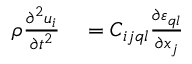
\begin{array} { r l } { \rho \frac { \partial ^ { 2 } u _ { i } } { \partial t ^ { 2 } } } & { { } = C _ { i j q l } \frac { \partial \varepsilon _ { q l } } { \partial x _ { j } } } \end{array}